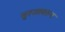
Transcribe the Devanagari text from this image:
बुरजावरून